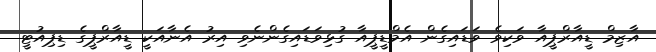
އާޒިމް ޑީއާރްޕީއާ ވަކިވެ ވަޑައިގެން އެމްޑީޕީއާ ގުޅިވަޑައިގެންނެވި އިރު އެނާއަކީ ޑީއާރްޕީގެ ޑިޕިއުޓީ